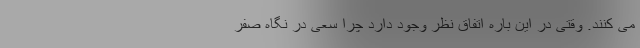
می کنند. وقتی در این باره اتفاق نظر وجود دارد چرا سعی در نگاه صفر